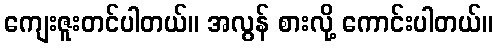
ကျေးဇူးတင်ပါတယ်။ အလွန် စားလို့ ကောင်းပါတယ်။